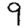
Digit: 9